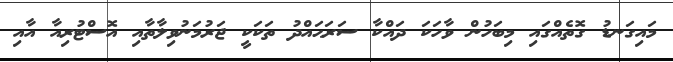
މައިގަނޑު ގޮތެއްގައި މިބަހުން ވާހަކަ ދައްކާ ސަރަޙައްދު ތަކަކީ ޖަރުމަނުވިލާތާއި އޮސްޓުރިއާ އާއި